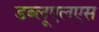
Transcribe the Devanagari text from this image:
डब्लूएलएस